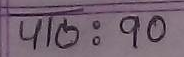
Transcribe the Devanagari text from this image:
४१७ : ९०